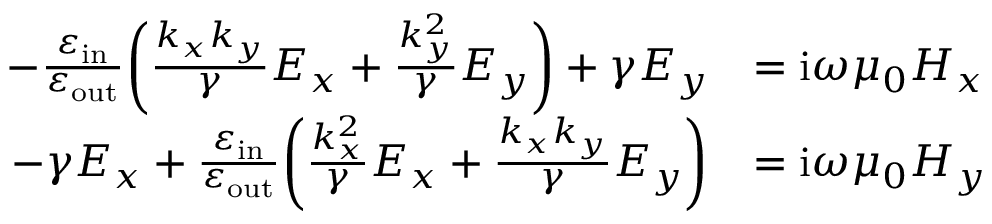
\begin{array} { r l } { - \frac { \varepsilon _ { \mathrm { i n } } } { \varepsilon _ { \mathrm { o u t } } } \bigg ( \frac { k _ { x } k _ { y } } { \gamma } E _ { x } + \frac { k _ { y } ^ { 2 } } { \gamma } E _ { y } \bigg ) + \gamma E _ { y } } & { = \mathrm { i } \omega \mu _ { 0 } H _ { x } } \\ { - \gamma E _ { x } + \frac { \varepsilon _ { \mathrm { i n } } } { \varepsilon _ { \mathrm { o u t } } } \bigg ( \frac { k _ { x } ^ { 2 } } { \gamma } E _ { x } + \frac { k _ { x } k _ { y } } { \gamma } E _ { y } \bigg ) } & { = \mathrm { i } \omega \mu _ { 0 } H _ { y } } \end{array}